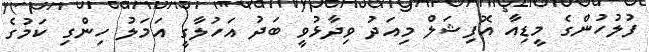
ފުލުހުންގެ މީޑިއާ އޮފިޝަލް މިއަދު ވިދާޅުވީ ބަދު އަހުލާގީ އަމަލު ހިންގި ކަމުގެ